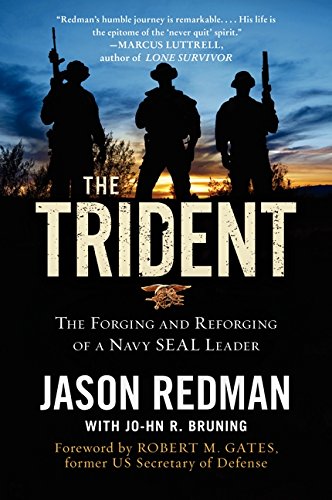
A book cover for The Trident: The Forging and Reforging of a Navy SEAL Leader; Jason Redman; History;